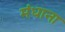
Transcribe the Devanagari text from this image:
मंधाना